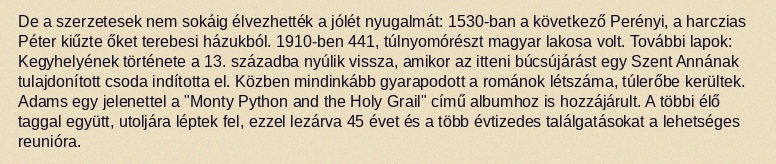
De a szerzetesek nem sokáig élvezhették a jólét nyugalmát: 1530-ban a következő Perényi, a harczias Péter kiűzte őket terebesi házukból. 1910-ben 441, túlnyomórészt magyar lakosa volt. További lapok: Kegyhelyének története a 13. századba nyúlik vissza, amikor az itteni búcsújárást egy Szent Annának tulajdonított csoda indította el. Közben mindinkább gyarapodott a románok létszáma, túlerőbe kerültek. Adams egy jelenettel a "Monty Python and the Holy Grail" című albumhoz is hozzájárult. A többi élő taggal együtt, utoljára léptek fel, ezzel lezárva 45 évet és a több évtizedes találgatásokat a lehetséges reunióra.